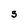
Character: S